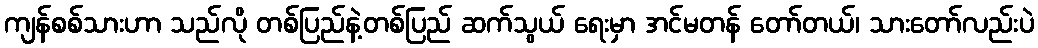
ကျန်စစ်သားဟာ သည်လို တစ်ပြည်နဲ့တစ်ပြည် ဆက်သွယ် ရေးမှာ အင်မတန် တော်တယ်၊ သားတော်လည်းပဲ